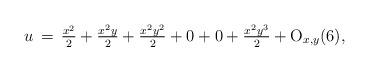
LaTeX: \begin{align*}u\,=\,\tfrac{x^2}{2}+\tfrac{x^2y}{2}+\tfrac{x^2y^2}{2}+0+0+\tfrac{x^2y^3}{2}+{\rm O}_{x,y}(6),\end{align*}